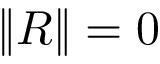
\| R \| = 0